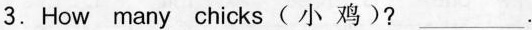
3.How many chicks（小鸡）? ___.